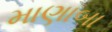
માણાબા